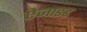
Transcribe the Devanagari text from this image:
ऐजाइड